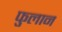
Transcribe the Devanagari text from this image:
फुलान